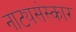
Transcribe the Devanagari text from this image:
नाट्यसंस्कार